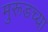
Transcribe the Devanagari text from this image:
मुरूडच्या